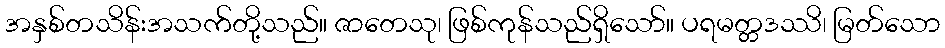
အနှစ်တသိန်းအသက်တို့သည်။ ဇာတေသု၊ ဖြစ်ကုန်သည်ရှိသော်။ ပရမတ္တဒဿိ၊ မြတ်သော